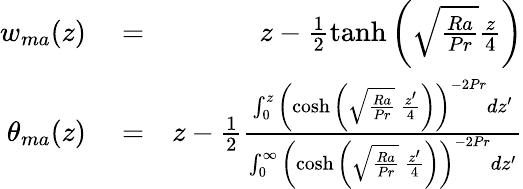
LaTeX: \begin{array}{rlr}{w_{ma}(z)}&{{}=}&{z-\frac{1}{2}\operatorname{tanh}\left(\sqrt{\frac{Ra}{Pr}}\frac{z}{4}\right)}\\ {\theta_{ma}(z)}&{{}=}&{z-\frac{1}{2}\frac{\int_{0}^{z}\left(\cosh{\left(\sqrt{\frac{Ra}{Pr}}\ \frac{z^{\prime}}{4}\right)}\right)^{-2Pr}dz^{\prime}}{\int_{0}^{\infty}\left(\cosh{\left(\sqrt{\frac{Ra}{Pr}}\ \frac{z^{\prime}}{4}\right)}\right)^{-2Pr}dz^{\prime}}}\end{array}